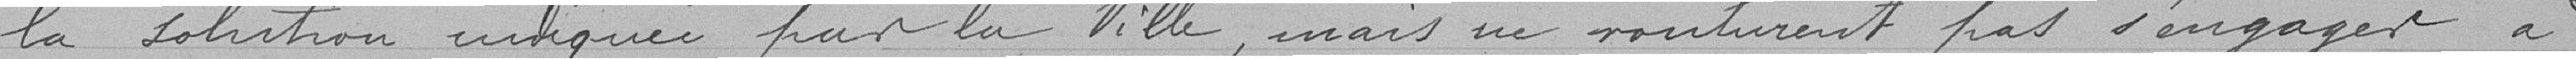
, la solution indiquée par la Ville, mais ne voulurent pas s'engager à